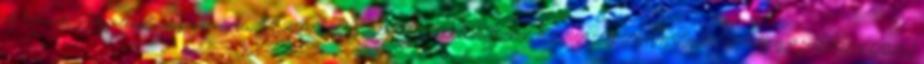
A Nemzeti Települési Szennyvízelvezetési TERMÉSZETI ERŐFORRÁSOKKAL VALÓ FENNTARTHATÓ GAZDÁLKODÁS